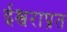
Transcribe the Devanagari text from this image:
ईश्वराप्रत